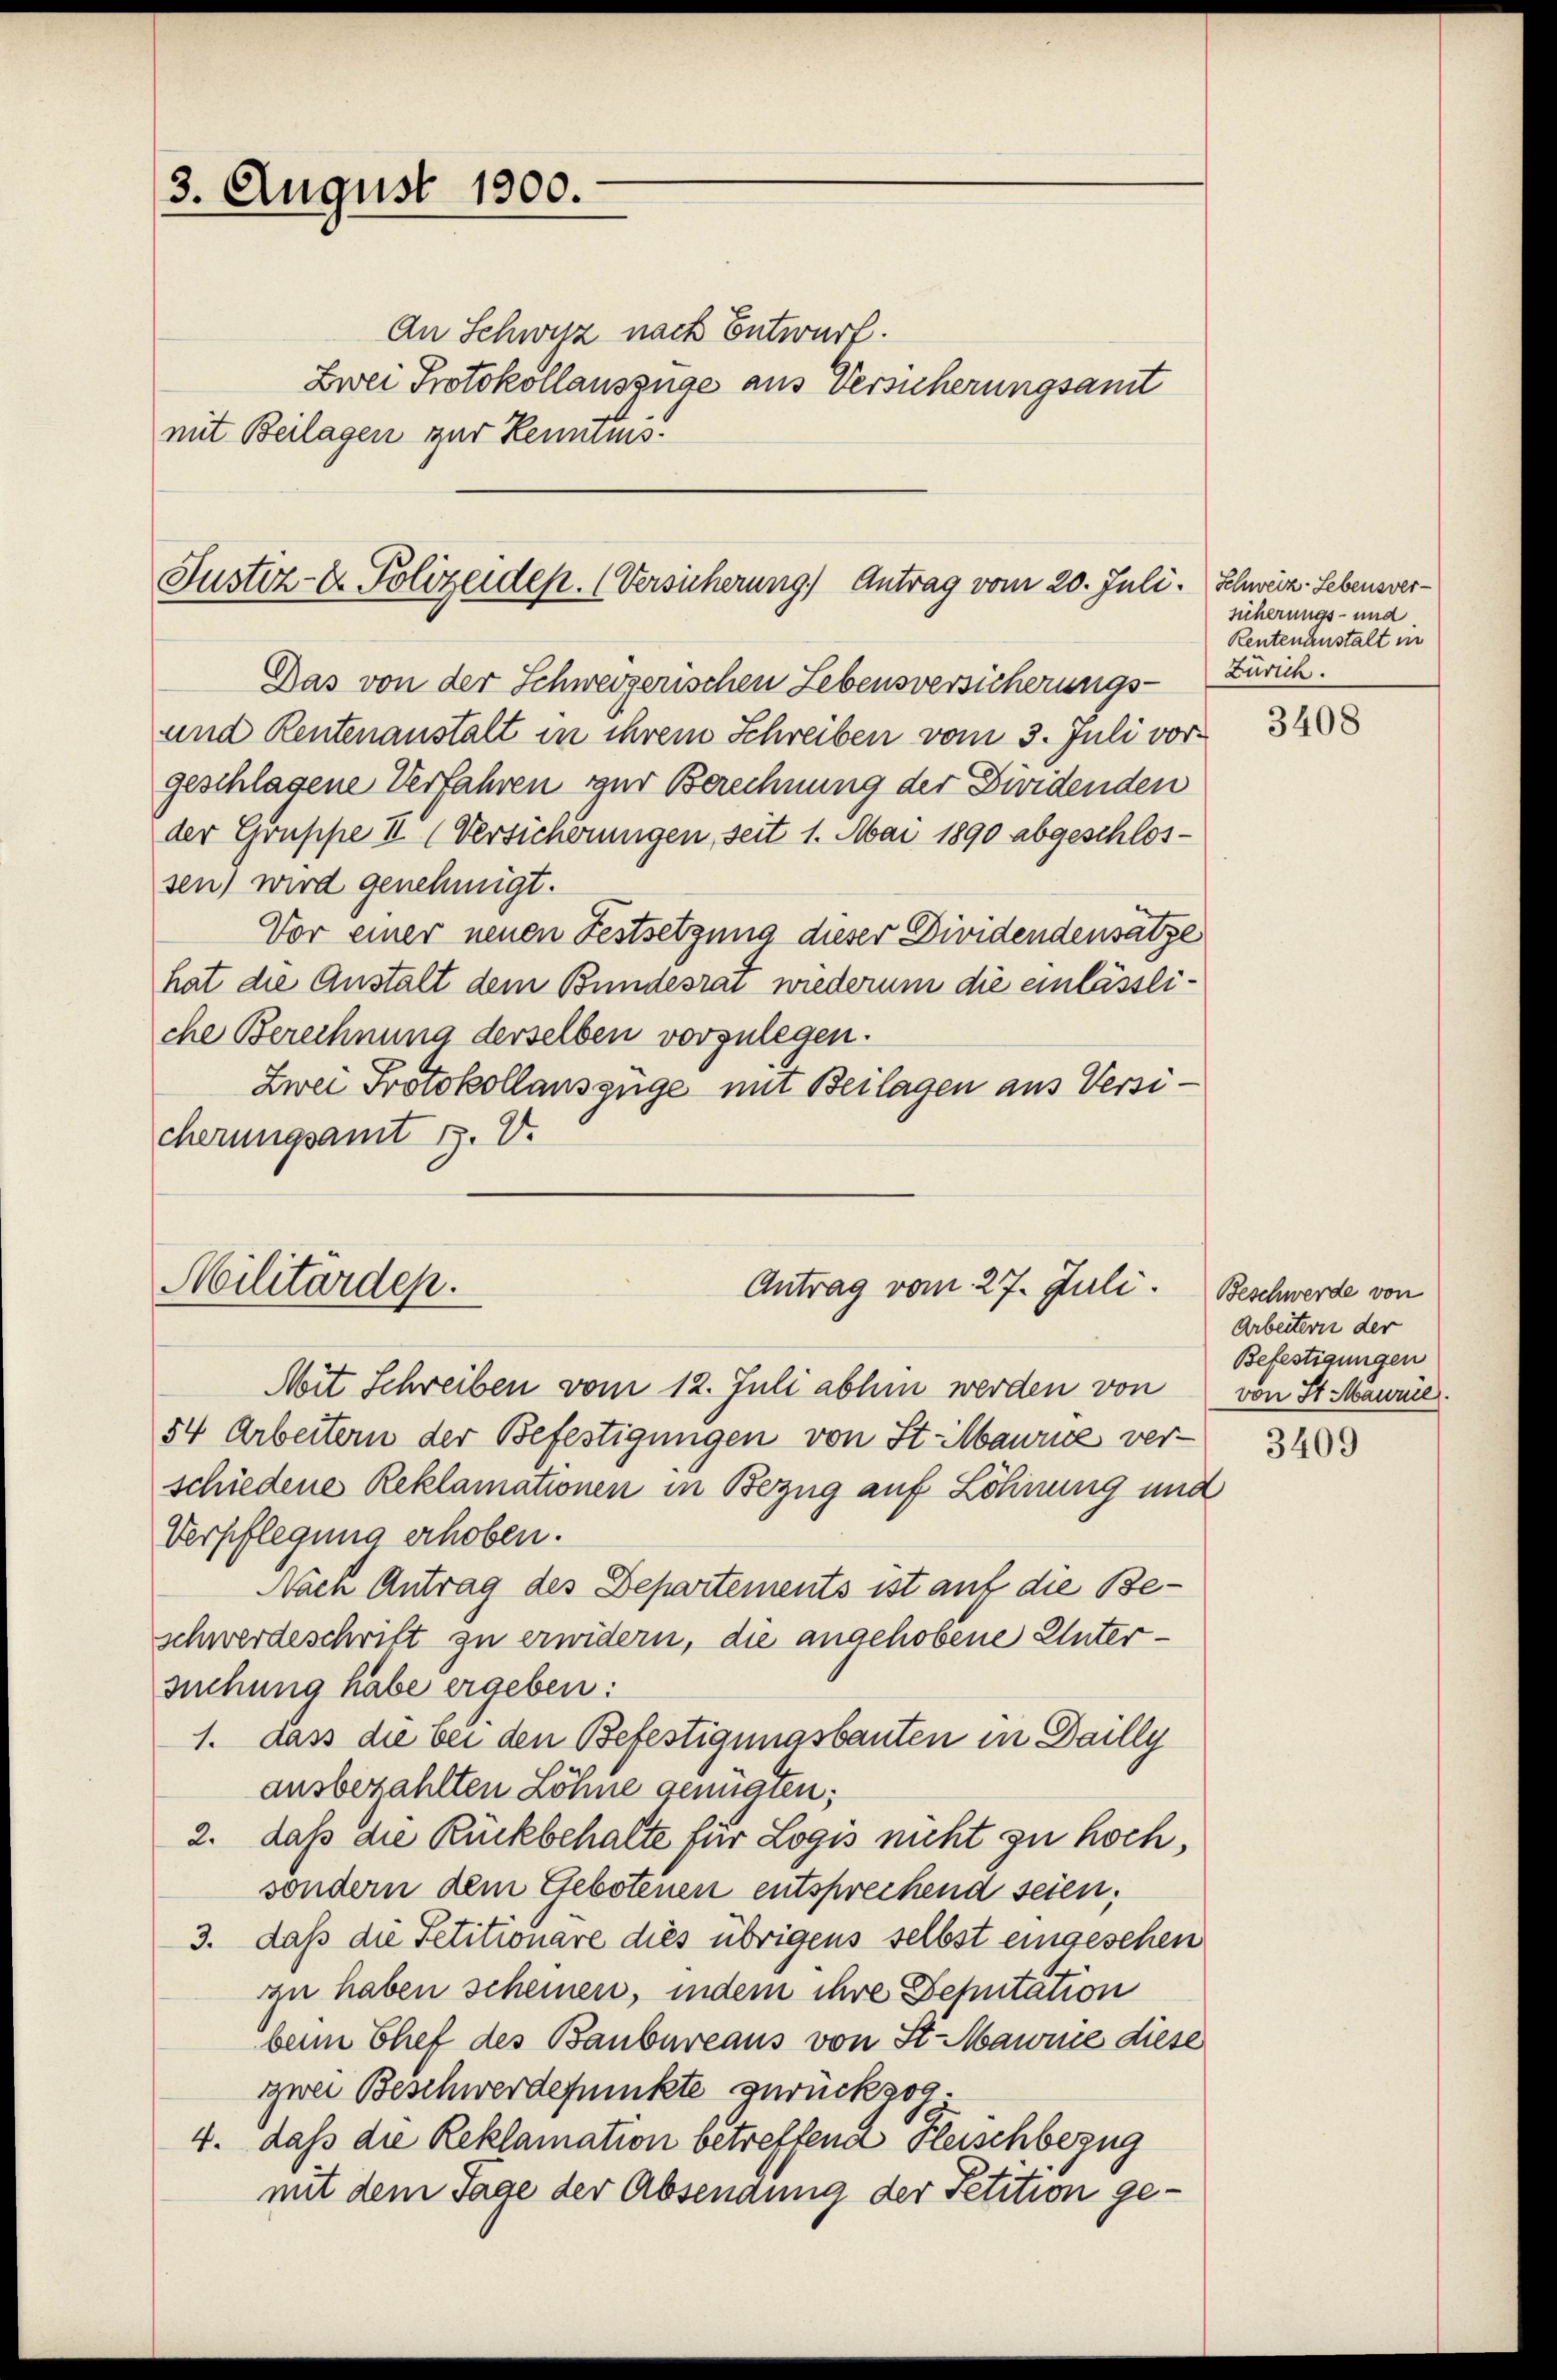
3. August 1900.

An Schweiz nach Entwurf.
Zwei Protokollauszüge aus Versicherungsamt
mit Beilagen zur Kenntnis.

Justiz- & Polizeidep. (Versicherung. Antrag vom 20. Juli. Schweiz. Lebensver¬

Das von der Schweizerischen Lebensversicherungs-
und Rentenanstalt in ihrem Schreiben vom 3. Juli vorgeschlagene Verfahren zur Berechnung der Dividenden
der Gruppe II (Versicherungen, seit 1. Mai 1890 abgeschlossen) wird genehmigt.
Vor einer neuen Festsetzung dieser Dividendensatze
hat die Anstalt dem Bundesrai wiederum die einlässliche Berechnung derselben vorzulegen.
Zwei Protokollauszüge mit Beilagen aus Versicherungsamt H. V.

Militärdep.
Antrag vom 27. Juli. Beschwerde von

Mit Schreiben vom 12. Juli abhin werden von
54 Arbeitern der Befestigungen von St. Maurie ver-
schiedene Reklamationen in Bezug auf Löhnung und
Verpflegung erhoben.
Nach Antrag des Departements ist auf die Beschwerdeschrift zu erwidern, die angehobene Untersuchung habe ergeben:
1. dass die bei den Befestigungsbauten in Dailly
ausbezahlten Löhne genügten;
2. daß die Rückbehalte für Logis nicht zu hoch,
sondern dem Gebotenen entsprechend seien;
3. daß die Petitionare dies übrigens selbst eingesehen
zu haben scheinen, indem ihre Deputation
beim Chef des Baubureaus von St. Mainie diese
zwei Beschwerdepunkte zurückzog
4. dass die Reklamation betreffend Fleischbezug
mit dem Tage der Absendung der Petition ge¬

sicherungs- und
Rentenanstalt in
Zürich.

3408

Arbeitern der
Befestigungen
von St. Maurie

3409